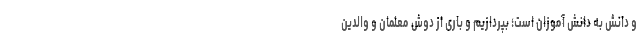
و دانش به دانش آموزان است؛ بپردازیم و باری از دوش معلمان و والدین